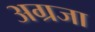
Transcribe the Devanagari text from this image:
अग्रजा